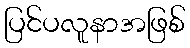
ပြင်ပလူနာအဖြစ်